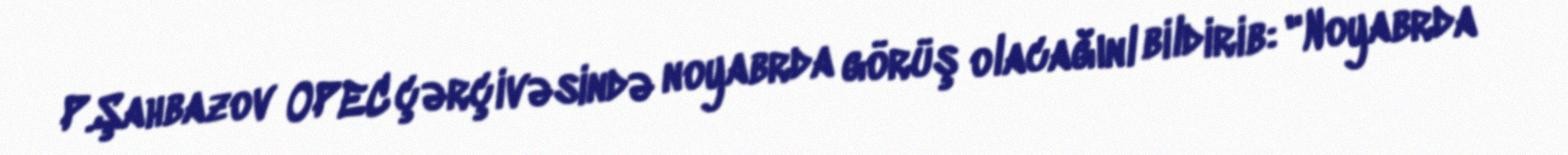
P.Şahbazov OPEC çərçivəsində noyabrda görüş olacağınl bildirib: "Noyabrda